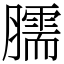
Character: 臑